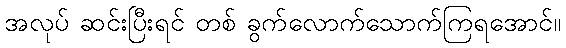
အလုပ် ဆင်းပြီးရင် တစ် ခွက်လောက်သောက်ကြရအောင်။